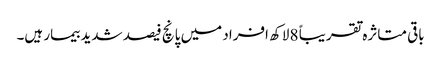
باقی متاثرہ تقریباً 8 لاکھ افراد میں پانچ فیصد شدید بیمار ہیں۔